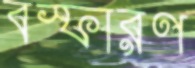
বস্ফারণ